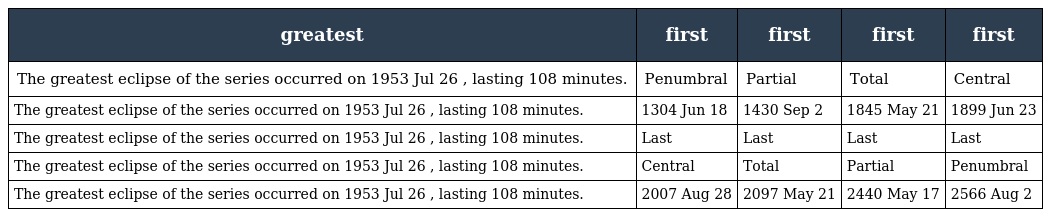
| greatest | first | first | first | first |
 | --- | --- | --- | --- | --- |
 | The greatest eclipse of the series occurred on 1953 Jul 26 , lasting 108 minutes. | Penumbral | Partial | Total | Central |
 | The greatest eclipse of the series occurred on 1953 Jul 26 , lasting 108 minutes. | 1304 Jun 18 | 1430 Sep 2 | 1845 May 21 | 1899 Jun 23 |
 | The greatest eclipse of the series occurred on 1953 Jul 26 , lasting 108 minutes. | Last | Last | Last | Last |
 | The greatest eclipse of the series occurred on 1953 Jul 26 , lasting 108 minutes. | Central | Total | Partial | Penumbral |
 | The greatest eclipse of the series occurred on 1953 Jul 26 , lasting 108 minutes. | 2007 Aug 28 | 2097 May 21 | 2440 May 17 | 2566 Aug 2 |